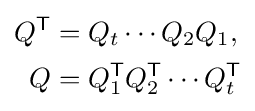
{\begin{aligned}Q^{\textsf {T}}&=Q_{t}\cdots Q_{2}Q_{1},\\Q&=Q_{1}^{\textsf {T}}Q_{2}^{\textsf {T}}\cdots Q_{t}^{\textsf {T}}\end{aligned}}